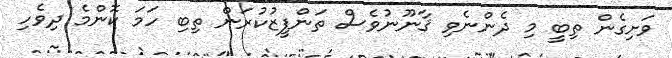
ވަށިގެން ތިބީ މި ދެންނެވި ޤާނޫނުވެސް ތަންފީޒުކުރަން ތިބި ހަމަ ކޮންމެ ދިވެހި